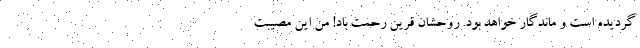
گردیده است و ماندگار خواهد بود. روحشان قرین رحمت باد! من این مصیبت